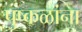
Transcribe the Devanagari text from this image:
पुष्कळांना